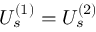
U _ { s } ^ { ( 1 ) } = U _ { s } ^ { ( 2 ) }